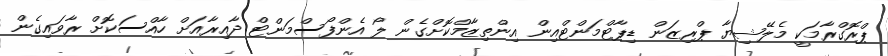
ޕްރޮގްރާމަކީ މެލޭޝިޔާ ޕްރިޒަން ޑިޕާޓްމަންޓްއިން އިންތިޒާމްކޮށްގެން ލޯ އެންފޯސްމަންޓް ދާއިރާއަށް ހާއްސަކޮށް ރާވައިގެން